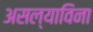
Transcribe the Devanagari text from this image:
असल्याविना